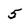
Character: 5